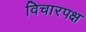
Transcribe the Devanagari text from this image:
विचारपक्ष